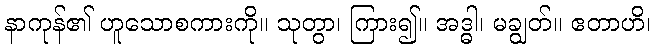
နာကုန်၏ ဟူသောစကားကို။ သုတွာ၊ ကြား၍။ အဒ္ဓါ၊ မချွတ်။ ဧတာဟိ၊